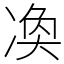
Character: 𠗫